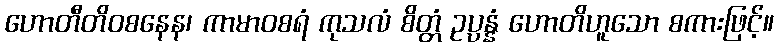
ဟောတီတိဝစနေန၊ ကာမာဝစရံ ကုသလံ စိတ္တံ ဥပ္ပန္နံ ဟောတိဟူသော စကားဖြင့်။